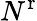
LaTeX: N^{\mathrm{r}}